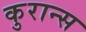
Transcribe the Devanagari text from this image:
कुरान्स